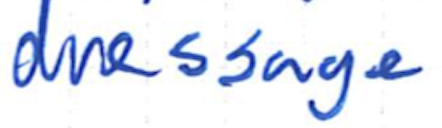
Text: dressage
Cross-out: clean
Writing tool: ballpoint